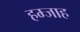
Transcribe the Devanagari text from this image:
हम्जाह